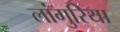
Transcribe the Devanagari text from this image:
लांगुरिया